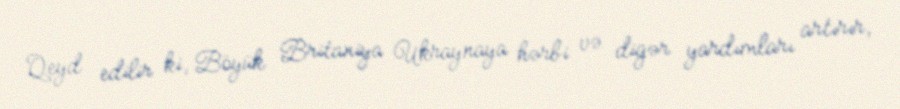
Qeyd edilir ki, Böyük Britaniya Ukraynaya hərbi və digər yardımları artırır,